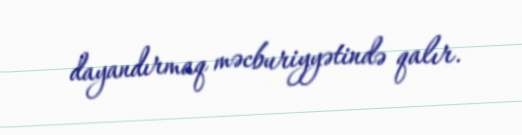
dayandırmaq məcburiyyətində qalır.